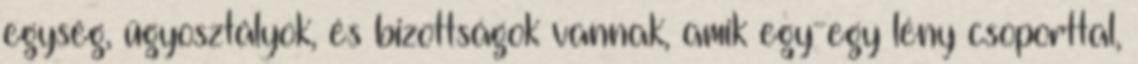
egység, ügyosztályok, és bizottságok vannak, amik egy-egy lény csoporttal,